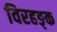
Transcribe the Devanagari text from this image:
विरहङ्क